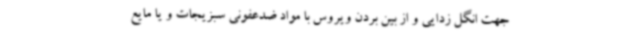
جهت انگل زدایی و از بین بردن ویروس با مواد ضدعفونی سبزیجات و یا مایع